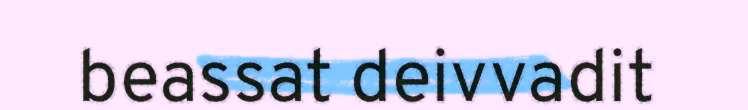
beassat deivvadit